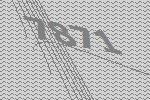
7871